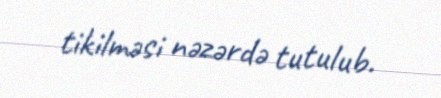
tikilməsi nəzərdə tutulub.